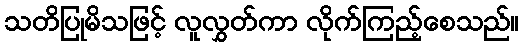
သတိပြုမိသဖြင့် လူလွှတ်ကာ လိုက်ကြည့်စေသည်။